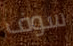
سوف